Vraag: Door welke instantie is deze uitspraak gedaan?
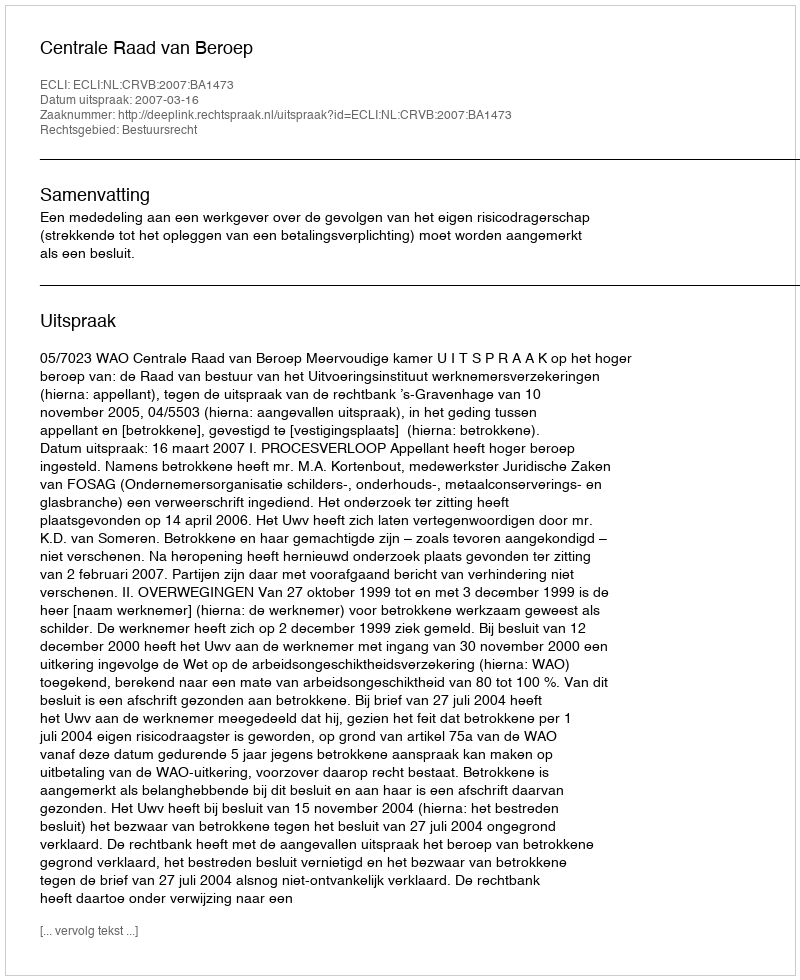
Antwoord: Centrale Raad van Beroep